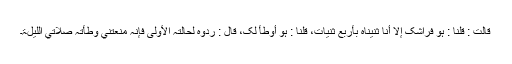
قَالَتْ : قُلْنَا : ہُوَ فِرَاشُکَ إِلَّا أَنَّا ثَنَیْنَاہٗ بِأَرْبَعِ ثَنَیَاتٍ، قُلْنَا : ہُوَ أَوْطَأُ لَکَ، قَالَ : رُدُّوْہٗ لِحَالَتِہِ الأُوْلٰی فَإِنَّہٗ مَنَعَتْنِي وَطْأَتُہٗ صَلَاتِي اللَّیْلَۃَ۔